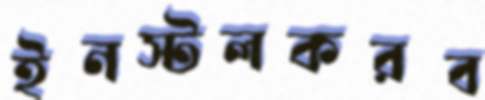
ইনস্টলকরব